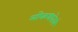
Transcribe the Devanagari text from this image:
लोकधारेतले